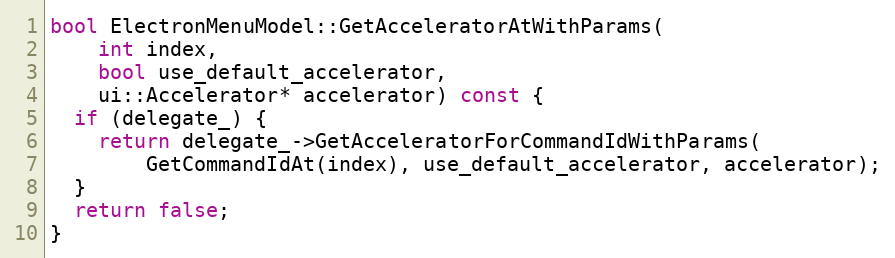
Language: C++
bool ElectronMenuModel::GetAcceleratorAtWithParams(
    int index,
    bool use_default_accelerator,
    ui::Accelerator* accelerator) const {
  if (delegate_) {
    return delegate_->GetAcceleratorForCommandIdWithParams(
        GetCommandIdAt(index), use_default_accelerator, accelerator);
  }
  return false;
}